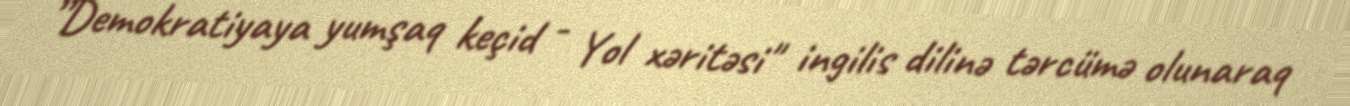
”Demokratiyaya yumşaq keçid - Yol xəritəsi" ingilis dilinə tərcümə olunaraq